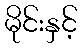
မိုင်းနှင့်